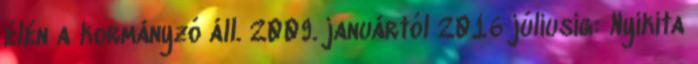
élén a kormányzó áll. 2009. januártól 2016 júliusig: Nyikita